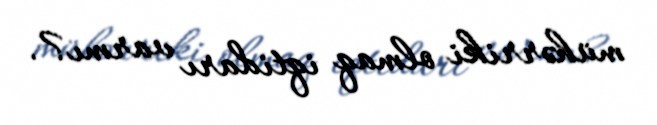
mühərriki olmaq iqtidarı varmı?.